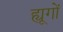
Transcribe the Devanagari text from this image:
ह्यूगों